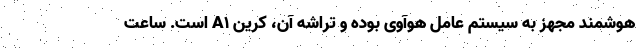
هوشمند مجهز به سیستم عامل هوآوی بوده و تراشه آن، کرین A1 است. ساعت